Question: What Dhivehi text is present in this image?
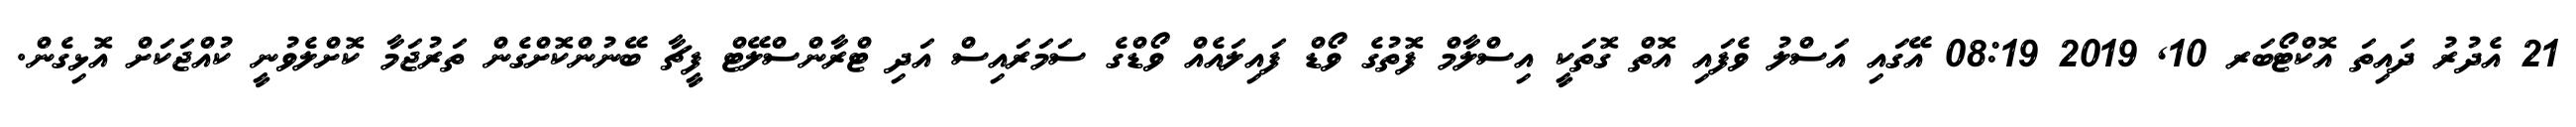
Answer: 21 އެދުރު ދައިތަ އޮކްޓޯބަރ 10, 2019 08:19 އޭގައި އަސްލު ވެފައި އޮތް ގޮތަކީ އިސްލާމް ފޮތުގެ ވޯޑް ފައިލައެއް ވޯޑްގެ ސަމަރައިސް އަދި ޓްރާންސްލޭޓް ފީޗާ ބޭނުންކޮށްގެން ތަރުޖަމާ ކޮށްލެވުނީ ކުއްޖަކަށް އޮޅިގެން.